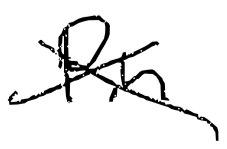
Text: Pin
Cross-out: cross
Writing tool: digital_black